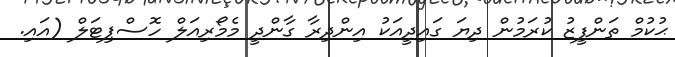
ޙުކުމް ތަންފީޒު ކުރަމުން ދިޔަ ގައިދީއަކު އިންދިރާ ގާންދީ މެމޯރިއަލް ހޮސްޕިޓަލް (އައި.